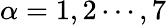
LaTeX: \alpha=1,2\cdots,7